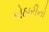
કોઠારીનો